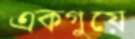
একগুয়ে